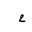
Letter: _ha